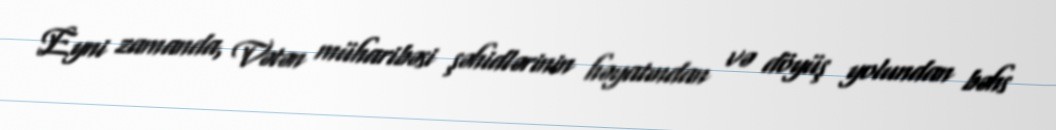
Eyni zamanda, Vətən müharibəsi şəhidlərinin həyatından və döyüş yolundan bəhs